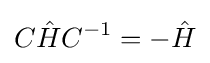
C{\hat {H}}C^{-1}=-{\hat {H}}